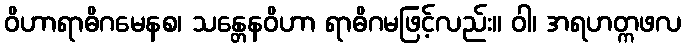
ဝိဟာရာဓိဂမေနစ၊ သန္တေနဝိဟာ ရာဓိဂမဖြင့်လည်း။ ဝါ၊ အရဟတ္ကဖလ